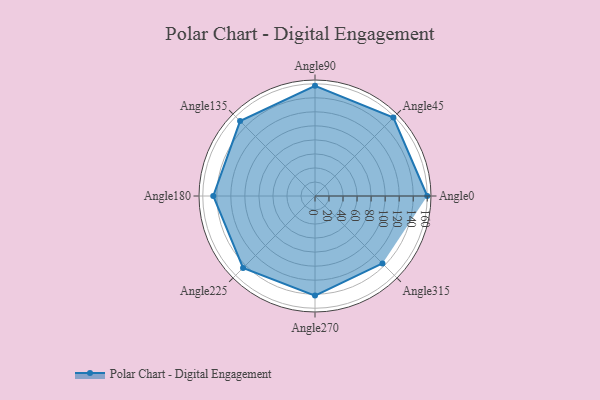
{"axis": {"x": "Angle", "y": "Radius"}, "legend": [""], "data": [{"x": "Angle0", "y": 160.0, "type": ""}, {"x": "Angle45", "y": 158.0, "type": ""}, {"x": "Angle90", "y": 157.0, "type": ""}, {"x": "Angle135", "y": 151.0, "type": ""}, {"x": "Angle180", "y": 145.0, "type": ""}, {"x": "Angle225", "y": 145.0, "type": ""}, {"x": "Angle270", "y": 142.0, "type": ""}, {"x": "Angle315", "y": 136.0, "type": ""}]}